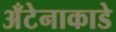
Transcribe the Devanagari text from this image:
अँटेनाकाडे